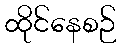
ထိုင်နေစဉ်